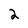
Character: 2